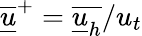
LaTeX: \underline{{\overline{{u}}}}^{+}=\overline{{\underline{{u}}_{h}}}/u_{t}